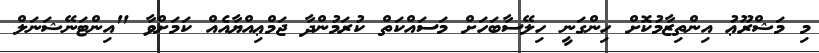
މި މަޝްރޫޢު އިންތިޒާމުކޮށް ހިންގަނީ ހިލޭސާބަހަށް މަސައްކަތް ކުރަމުންދާ ޖަމްޢިއްޔާއެއް ކަމަށްވާ "އިންޓަނޭޝަނަލް